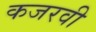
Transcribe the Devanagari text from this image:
कजरवी